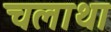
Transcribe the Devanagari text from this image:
चलाथा